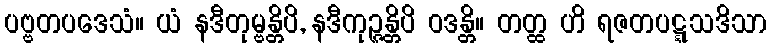
ပဗ္ဗတပဒေသံ။ ယံ နဒီတုမ္ဗန္တိပိ, နဒီကုဉ္ဇန္တိပိ ဝဒန္တိ။ တတ္ထ ဟိ ရဇတပဋ္ဋသဒိသာ